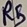
Text: R5